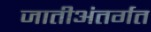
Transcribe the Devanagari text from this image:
जातीअंतर्गत